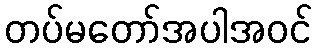
တပ်မတော်အပါအဝင်